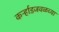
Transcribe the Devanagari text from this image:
कर्ऱ्हाडजवळच्या